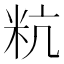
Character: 粇